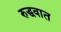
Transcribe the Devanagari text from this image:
रुद्धवात